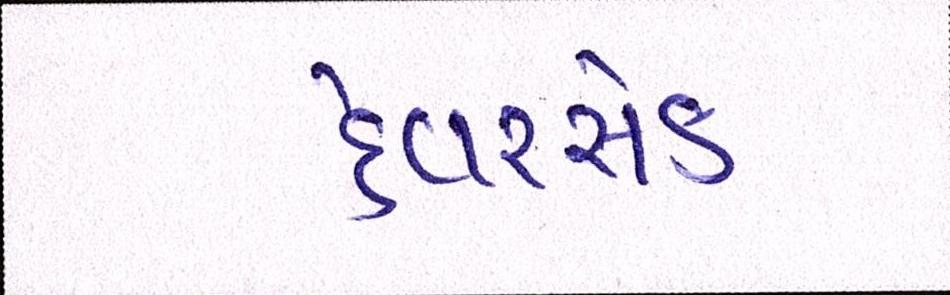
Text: હેવરસેક